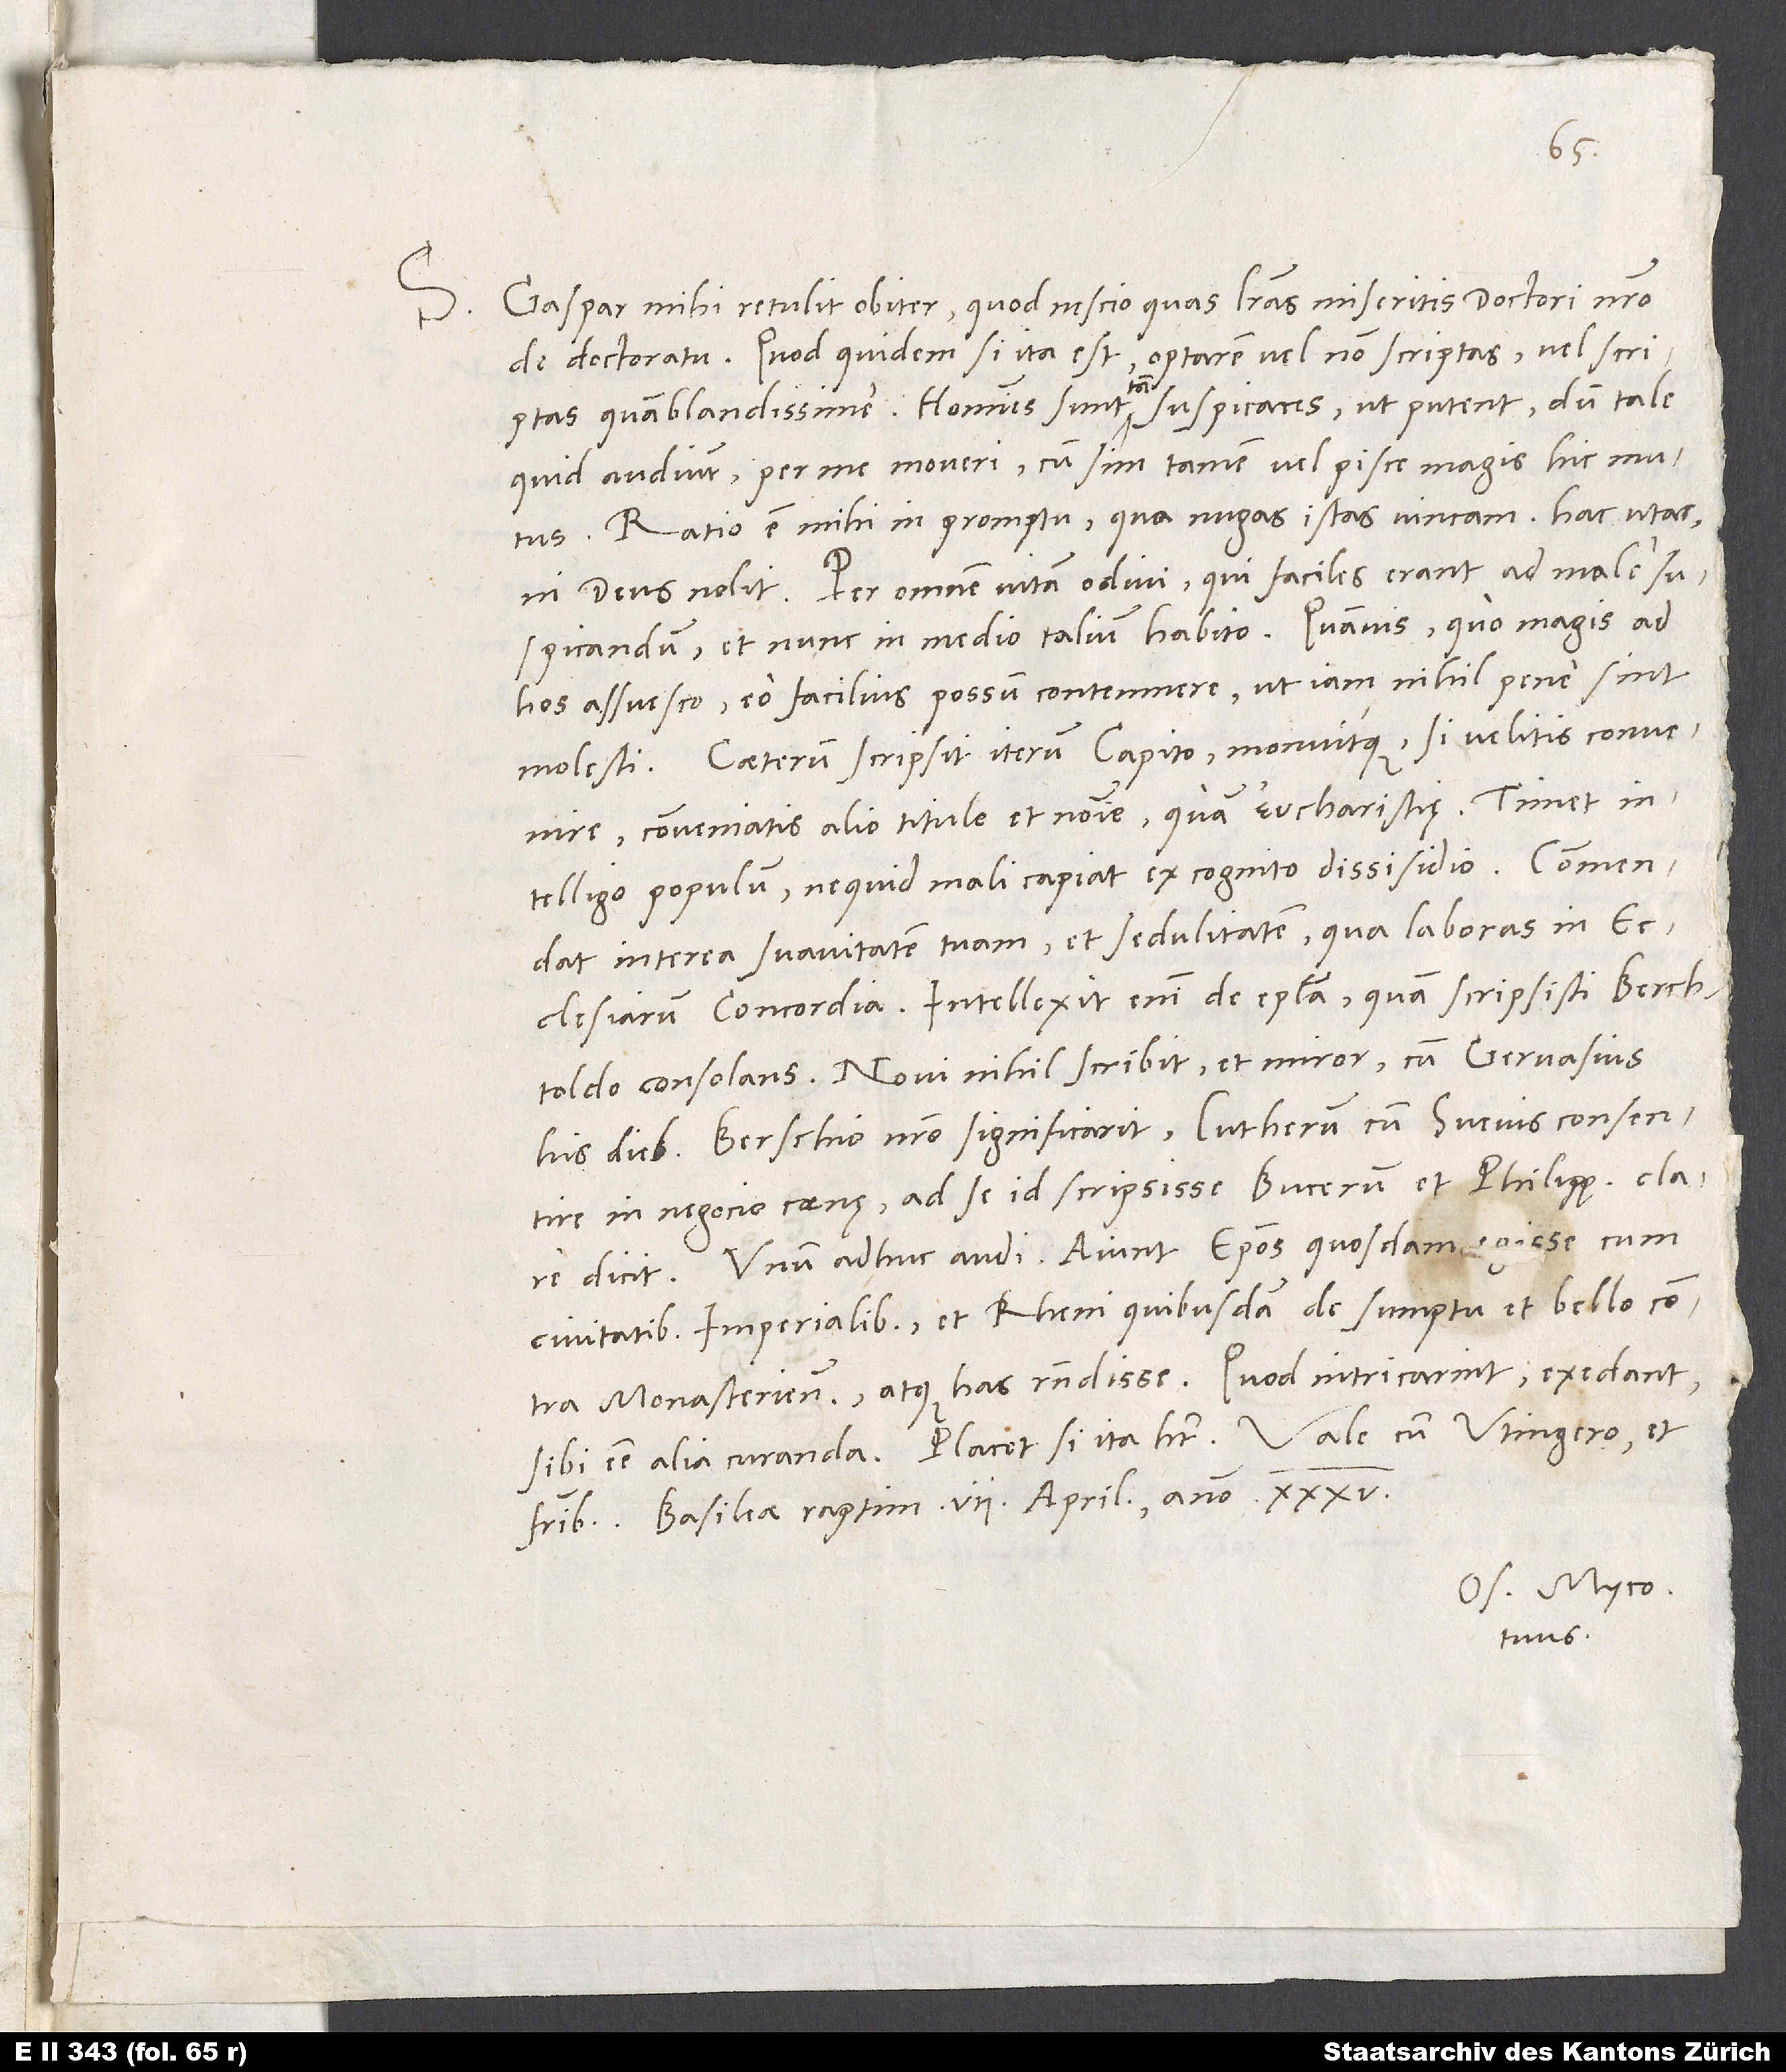
S. Gaspar mihi retulit obiter, quod nescio quas literas miseritis doctori nostro
de doctoratu. Quod quidem si ita est, optarem vel non scriptas vel scriptas
quam blandissime. Homines sunt tam suspicaces, ut putent, dum tale
quid audiunt, per me moveri, cum sim tamen vel pisce magis hic mutus.
Ratio est mihi in promptu, qua nugas istas vincam. Hac utar,
ni deus nolit. Per omnem vitam odivi, qui faciles erant ad male
suspicandum, et nunc in medio talium habito. Quamvis quo magis ad
hos assuesco, eo facilius possum contemnere, ut iam nihil pene sint
Caeterum scripsit iterum Capito monuitque, si velitis convenire,
conveniatis alio titulo et nomine quam eucharistiae. Timet,
intelligo, populum, ne quid mali capiat ex cognito dissidio. Commendat
interea suavitatem tuam et sedulitatem, qua laboras in
ecclesiarum concordia. Intellexit enim de epistola, quam scripsisti Berchtoldo
consolans. Novi nihil scribit, et miror, cum Gervasius
his diebus Berschio nostro significant Lutherum cum Svevis consentire
in negocio coenae. Ad se id scripsisse Bucerum et Philippum clare
Unum adhuc audi: Aiunt episcopos quosdam egisse cum
civitatibus imperialibus et Rheni quibusdam de sumptu et bello contra
Monasterienses atque has respondisse, quod intricarint, exedant,
Os. Myco.
tuus.